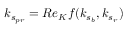
k _ { s _ { p r } } = R e _ { K } f ( k _ { s _ { b } } , k _ { s _ { r } } )